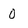
Character: 0